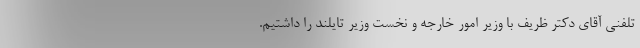
تلفنی آقای دکتر ظریف با وزیر امور خارجه و نخست وزیر تایلند را داشتیم.